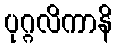
ပုဂ္ဂလိကာနိ